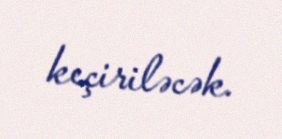
keçiriləcək.